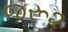
જરૂ૨